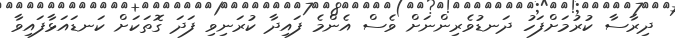
ދިރާސާ ކުރުމަށްފަހު ދަނޑުވެރިންނަށް ވެސް އެންމެ ފައިދާ ކުރަނިވި ފަދަ ގޮތަކަށް ކަނޑައަޅާފައިވާ